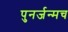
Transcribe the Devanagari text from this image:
पुनर्जन्मच